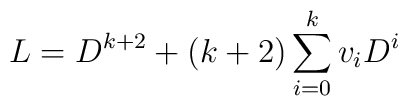
L = D^{k+2} + (k+2) \sum_{i=0}^{k} v_i D^i